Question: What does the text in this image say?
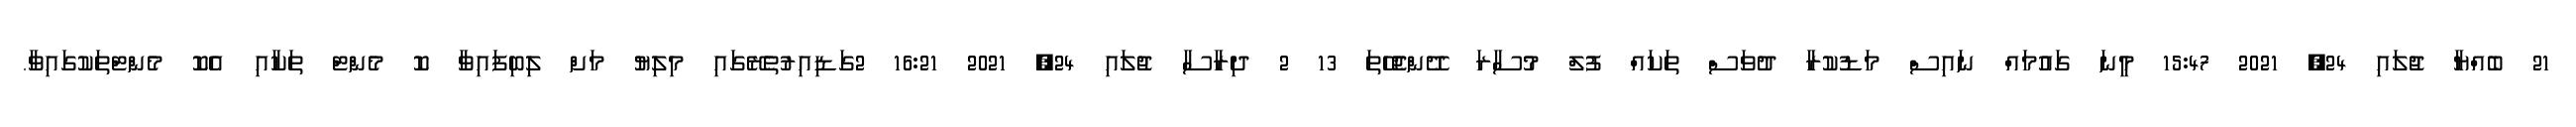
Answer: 21 ބެއްޔާ ޖުލައި 24, 2021 15:47 މީނަ ގައުމައް ނައިސް މަޑުކުރާ ދުވަސް ތަކައް ފުލް މުސާރަ ދޭންޖެހޭތަ 13 2 ދިރާސާ ޖުލައި 24, 2021 16:21 2ގަޑިއިރުތެރޭގައި މިލިޔު މަށް ލިބިފައިވާ ކޮ މެންޓް ތަކާއި އެކޮ މެންޓްތަކުގައިވާ.